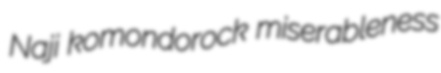
Naji komondorock miserableness